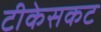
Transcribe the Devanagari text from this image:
टीकेसकट